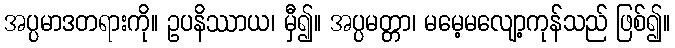
အပ္ပမာဒတရားကို။ ဥပနိဿာယ၊ မှီ၍။ အပ္ပမတ္တာ၊ မမေ့မလျော့ကုန်သည် ဖြစ်၍။